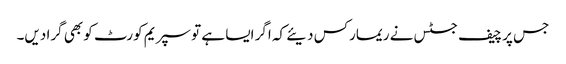
جس پر چیف جسٹس نے ریمارکس دیئے کہ اگر ایسا ہے تو سپریم کورٹ کو بھی گرا دیں۔